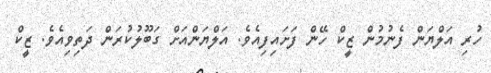
ހުރި އަލްޔަން ފެނުމުން ޒީކް ހޭން ފަށައިފިއެވެ. އަލްޔަންއަށް ގަބޫލުކުރަން ދަތިވިއެވެ. ޒީކް